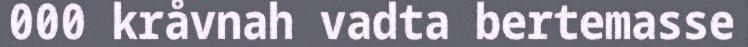
000 kråvnah vadta bertemasse